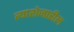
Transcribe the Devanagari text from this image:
त्याशेजारील